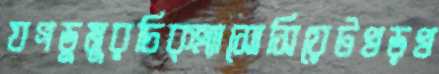
যগডুমুরচিক্এ্যাসোসিয়েটখড়খ